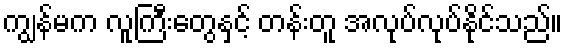
ကျွန်မက လူကြီးတွေနှင့် တန်းတူ အလုပ်လုပ်နိုင်သည်။